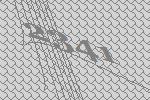
2341